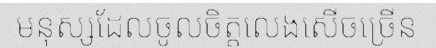
មនុស្សដែលចូលចិត្តលេងសើចច្រើន